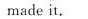
made it.